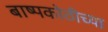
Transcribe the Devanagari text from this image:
बाष्पकोठीच्या